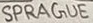
Text: SPRAGUE